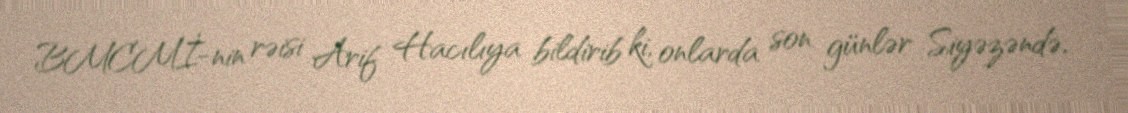
BMCMİ-nin rəisi Arif Hacılıya bildirib ki, onlarda son günlər Siyəzəndə,